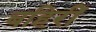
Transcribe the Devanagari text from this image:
बहिरीं